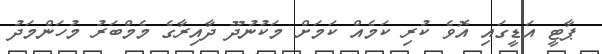
ޕާޓީ އަޑީގައި އޮވެ ކުރި ކަމެއް ކަމަށް މަކުނުދޫ ދާއިރާގެ މެމްބަރު މުހަންމަދު